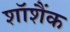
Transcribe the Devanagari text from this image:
शॉशैंक